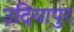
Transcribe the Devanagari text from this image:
उदियापुर